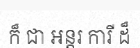
ក៏ ជា អន្តរ ការី ដ៏